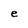
Character: e